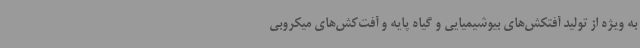
به ویژه از تولید آفتکش‌های بیوشیمیایی و گیاه پایه و آفت‌کش‌های میکروبی